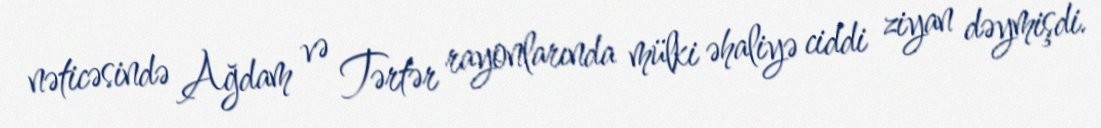
nəticəsində Ağdam və Tərtər rayonlarında mülki əhaliyə ciddi ziyan dəymişdi.